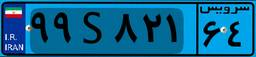
۹۹S۸۲۱۶۴